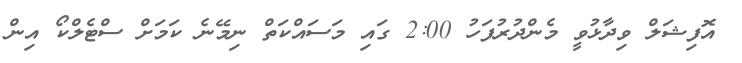
އޮފިޝަލް ވިދާޅުވީ މެންދުރުފަހު 2:00 ގައި މަސައްކަތް ނިމޭނެ ކަމަށް ސްޓެލްކޯ އިން